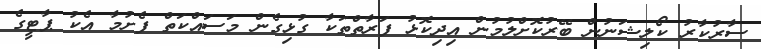
ސާރުކާރު ކޯލިޝަނުން ބޭރުކޮށްލުމުން އިދިކޮޅު ފަރާތްތަކާ ގުޅިގެން މަސައްކަތް ފެށުމާ އެކު ޕާޓީގެ